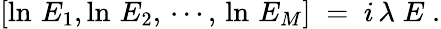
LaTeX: [\ln\, E_{1},\ln\, E_{2},\, \cdots,\, \ln\, E_{M}]\; =\; i\, \lambda\; E\; .